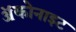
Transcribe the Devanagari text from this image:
ॲकोनाइट